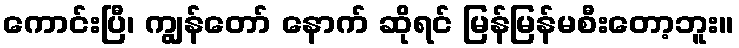
ကောင်းပြီ၊ ကျွန်တော် နောက် ဆိုရင် မြန်မြန်မစီးတော့ဘူး။